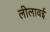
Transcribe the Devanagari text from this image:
लीलावई